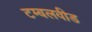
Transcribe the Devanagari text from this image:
टम्बलवीड